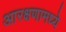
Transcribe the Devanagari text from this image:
आरक्षणामध्ये